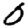
Digit: 0